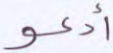
أدعو